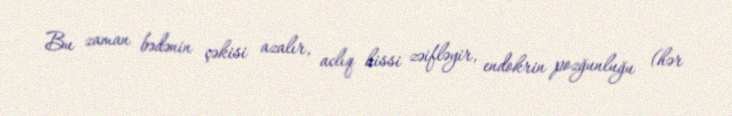
Bu zaman bədənin çəkisi azalır, aclıq hissi zəifləyir, endokrin pozğunluğu (hər